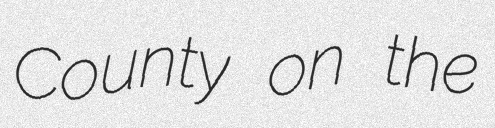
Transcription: County on the